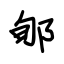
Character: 郇